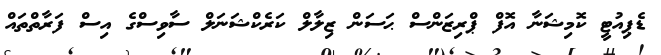
ޑެޕިއުޓީ ކޮމިޝަނާ އޮފް ޕްރިޒަންސް ޙަސަން ޒިލާލް ކަރެކްޝަނަލް ސާވިސްގެ އިސް ފަރާތްތައް